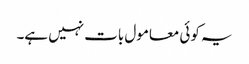
یہ کوئی معامول بات نہیں ہے۔